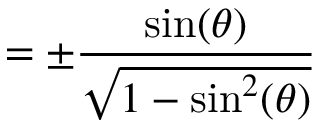
= \pm { \frac { \sin ( \theta ) } { \sqrt { 1 - \sin ^ { 2 } ( \theta ) } } }